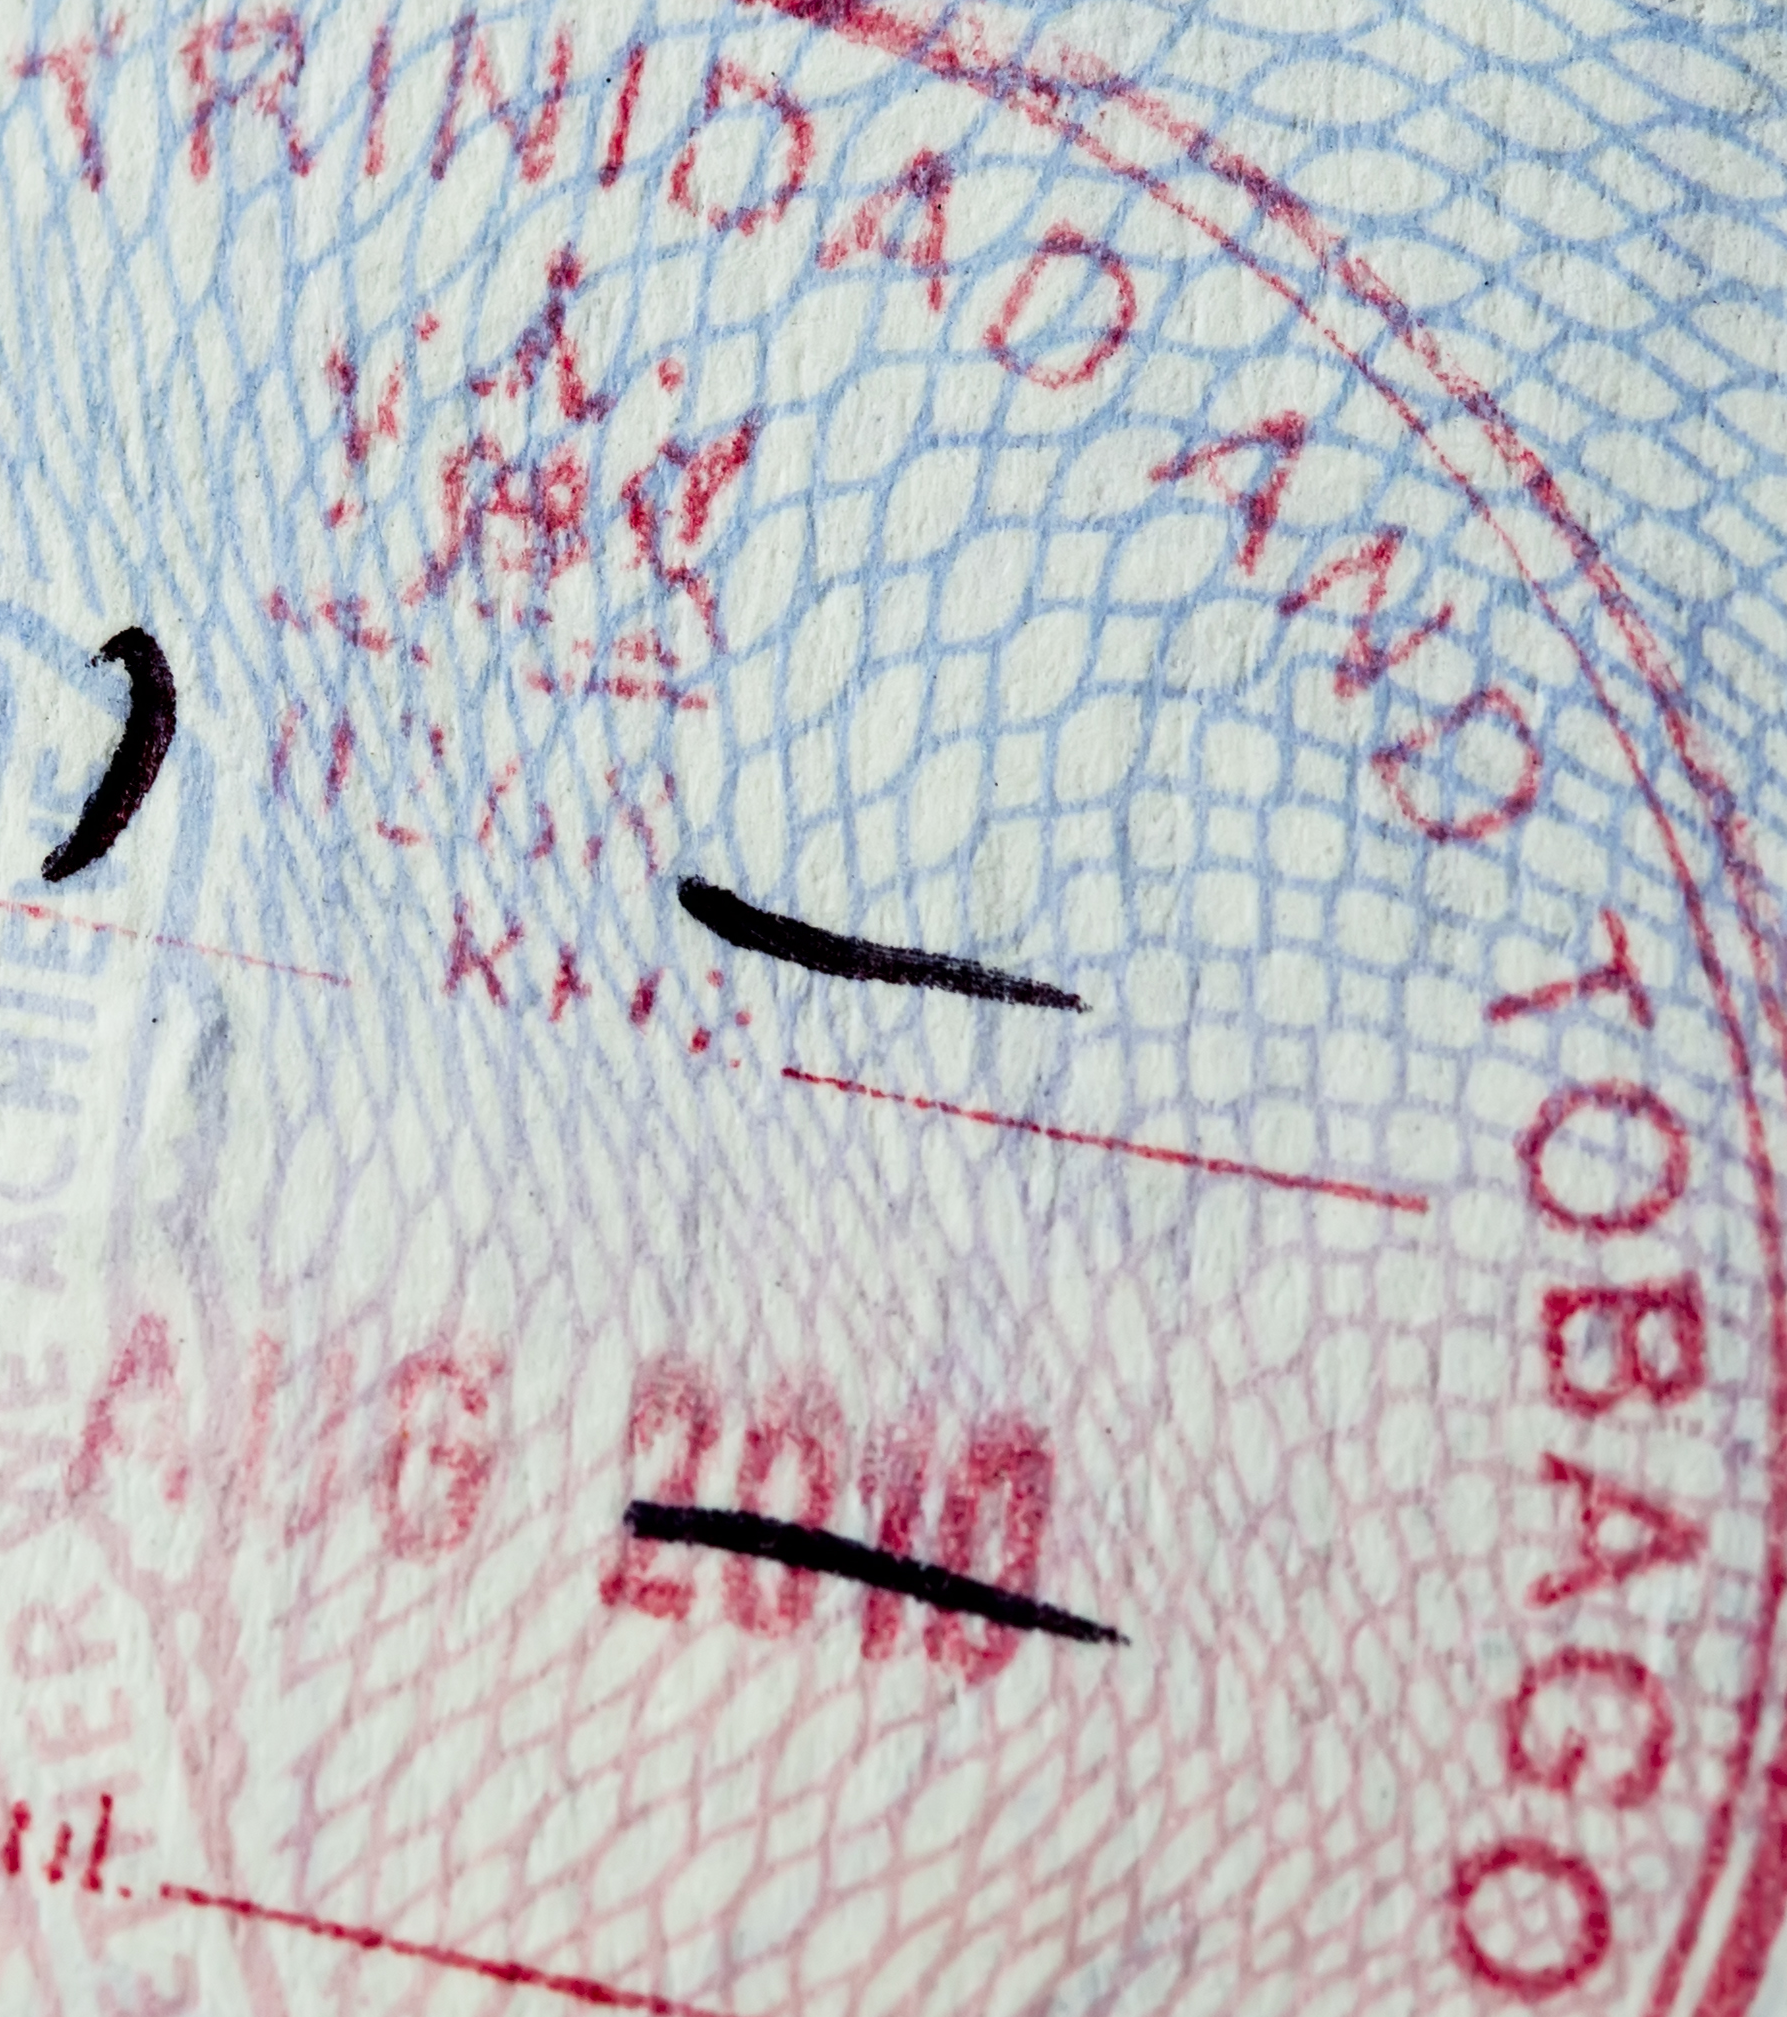
TRINIDAD AND TOBAGO